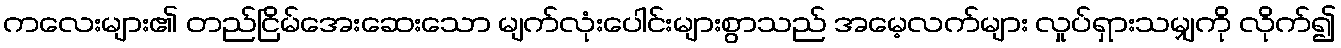
ကလေးများ၏ တည်ငြိမ်အေးဆေးသော မျက်လုံးပေါင်းများစွာသည် အမေ့လက်များ လှုပ်ရှားသမျှကို လိုက်၍